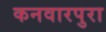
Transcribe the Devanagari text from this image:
कनवारपुरा